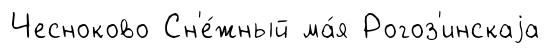
Чесноково Сн'е́жный ма́я Рогоз'инскаjа